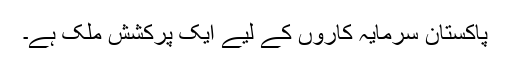
پاکستان سرمایہ کاروں کے لیے ایک پرکشش ملک ہے۔